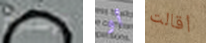
الإسبوع أو أقالت